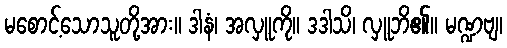
မစောင့်သောသူတို့အား။ ဒါနံ၊ အလှူကို။ ဒဒါသိ၊ လှူဘိ၏။ မဏ္ဍဗျ၊